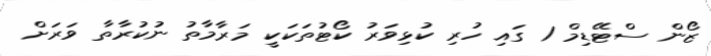
ޒޯން ސްޓޭޑިމް 1 ގައި ހުރި ކުޅިވަރު ކޯޓުތަކަކީ މަރާމާތު ނުކުރާތާ ވަރަށް